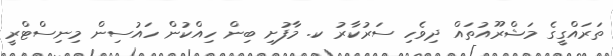
ތަރައްގީގެ މަޝްރޫއުތައް ދިވެހި ސަރުކާރު ކ. މާފުށި ބިން ހިއްކުން ހައުސިން މިނިސްޓްރީ